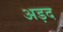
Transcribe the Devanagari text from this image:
अड़द